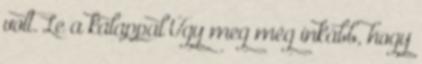
volt. Le a kalappal Úgy meg még inkább, hogy